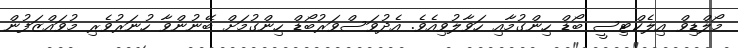
މޯލްޑިވް އިލެކްޓިސީ ބޯޑް ހިންގުމާއި ހަވާލުވިއެވެ. އެދުވަސްވަރުބޯޑް ހިންގުމަށް ބޭނުންވާ ހުނަރުވެރި މުވައްޒަފުން